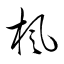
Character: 楓